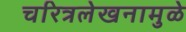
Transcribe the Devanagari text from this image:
चरित्रलेखनामुळे